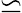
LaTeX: \backsimeq